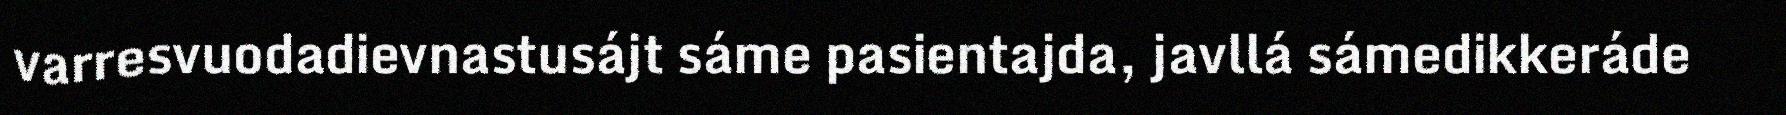
varresvuodadievnastusájt sáme pasientajda, javllá sámedikkeráde